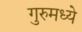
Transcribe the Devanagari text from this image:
गुरुमध्ये